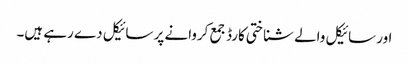
اور سائیکل والے شناختی کارڈ جمع کروانے پر سائیکل دے رہے ہیں۔